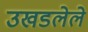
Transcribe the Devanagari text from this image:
उखडलेले